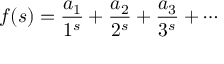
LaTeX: f ( s ) = { \frac { a _ { 1 } } { 1 ^ { s } } } + { \frac { a _ { 2 } } { 2 ^ { s } } } + { \frac { a _ { 3 } } { 3 ^ { s } } } + \cdots